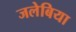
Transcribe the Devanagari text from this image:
जलेबिया